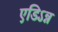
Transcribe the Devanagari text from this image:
एडिऽन्न